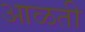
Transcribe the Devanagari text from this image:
आळती